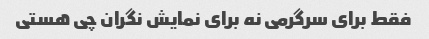
فقط برای سرگرمی نه برای نمایش نگران چی هستی